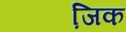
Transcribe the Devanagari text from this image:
जि़क